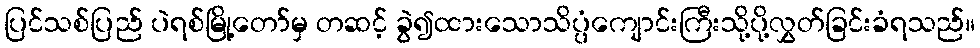
ပြင်သစ်ပြည် ပဲရစ်မြို့တော်မှ တဆင့် ခွဲ၍ထားသောသိပ္ပံကျောင်းကြီးသို့ပို့လွှတ်ခြင်းခံရသည်။